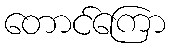
တောင်ကြော